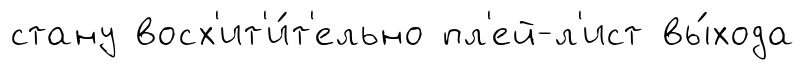
стану восх'ит'и́т'ельно пл'ей-л'ист вы́хода